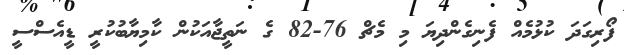
ފޯރިގަދަ ކުޅުމެއް ފެނިގެންދިޔަ މި މެޗް 76-82 ގެ ނަތީޖާއަކުން ކާމިޔާބުކުރީ ޑީއެސްސީ